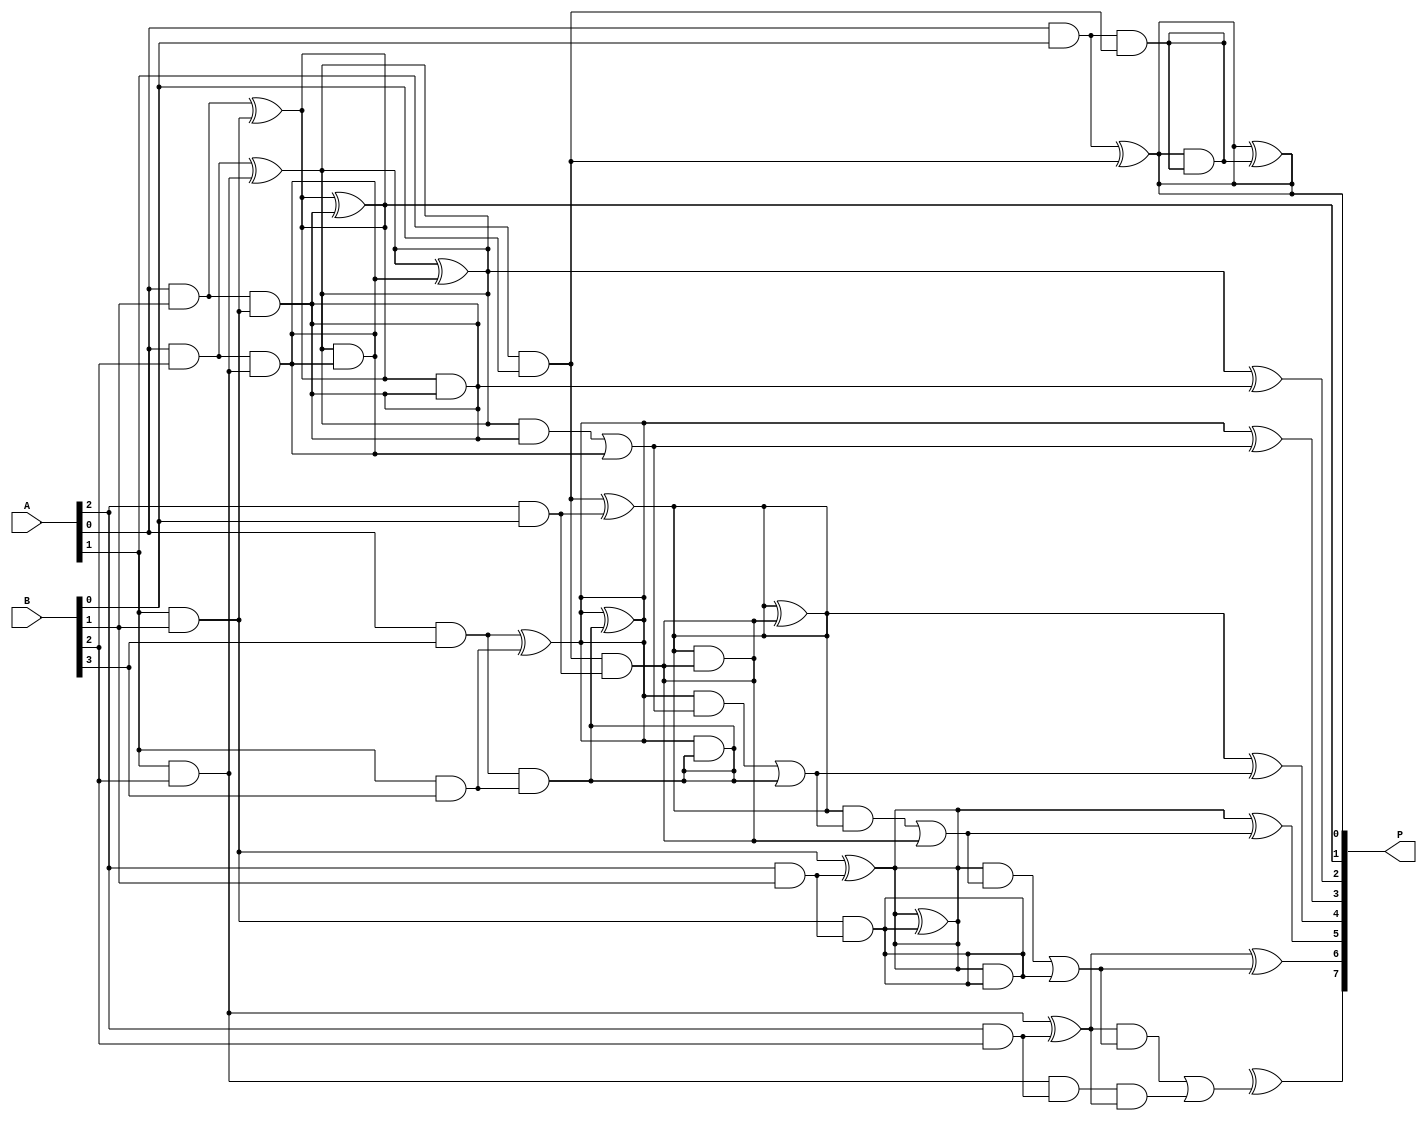
module dadda_multiplier #(parameter A_WIDTH = 4, B_WIDTH = 4)(
    input [A_WIDTH-1:0] A,
    input [B_WIDTH-1:0] B,
    output reg [A_WIDTH + B_WIDTH - 1:0] P
);

    // Generate partial products
    wire [A_WIDTH * B_WIDTH - 1:0] pp; // Partial products
    genvar i, j;
    generate
        for (i = 0; i < A_WIDTH; i = i + 1) begin : pp_gen
            for (j = 0; j < B_WIDTH; j = j + 1) begin : pp_gen_inner
                assign pp[i * B_WIDTH + j] = A[i] & B[j];
            end
        end
    endgenerate

    // Reduction tree
    wire [A_WIDTH * B_WIDTH - 1:0] sum;
    wire [A_WIDTH * B_WIDTH - 1:0] carry;
    
    // Stage 1: First reduction
    generate
        for (i = 0; i < A_WIDTH + B_WIDTH - 1; i = i + 1) begin : stage1
            if (i < A_WIDTH * B_WIDTH) begin
                assign sum[i] = pp[i] ^ pp[i + B_WIDTH];
                assign carry[i] = pp[i] & pp[i + B_WIDTH];
            end
        end
    endgenerate

    // Stage 2: Second reduction
    generate
        for (i = 0; i < A_WIDTH + B_WIDTH - 2; i = i + 1) begin : stage2
            if (i < A_WIDTH * B_WIDTH - 1) begin
                assign sum[i] = sum[i] ^ carry[i];
                assign carry[i] = sum[i] & carry[i];
            end
        end
    endgenerate

    // Final addition
    wire [A_WIDTH + B_WIDTH - 1:0] final_sum;
    wire [A_WIDTH + B_WIDTH - 1:0] final_carry;

    // Using a simple ripple carry adder for final addition
    assign final_sum[0] = sum[0];
    assign final_carry[0] = 0;

    generate
        for (i = 1; i < A_WIDTH + B_WIDTH; i = i + 1) begin : final_add
            assign final_sum[i] = sum[i] ^ final_carry[i - 1];
            assign final_carry[i] = (sum[i] & final_carry[i - 1]) | (carry[i] & sum[i]);
        end
    endgenerate

    // Assign final product
    always @(*) begin
        P = final_sum;
    end

endmodule